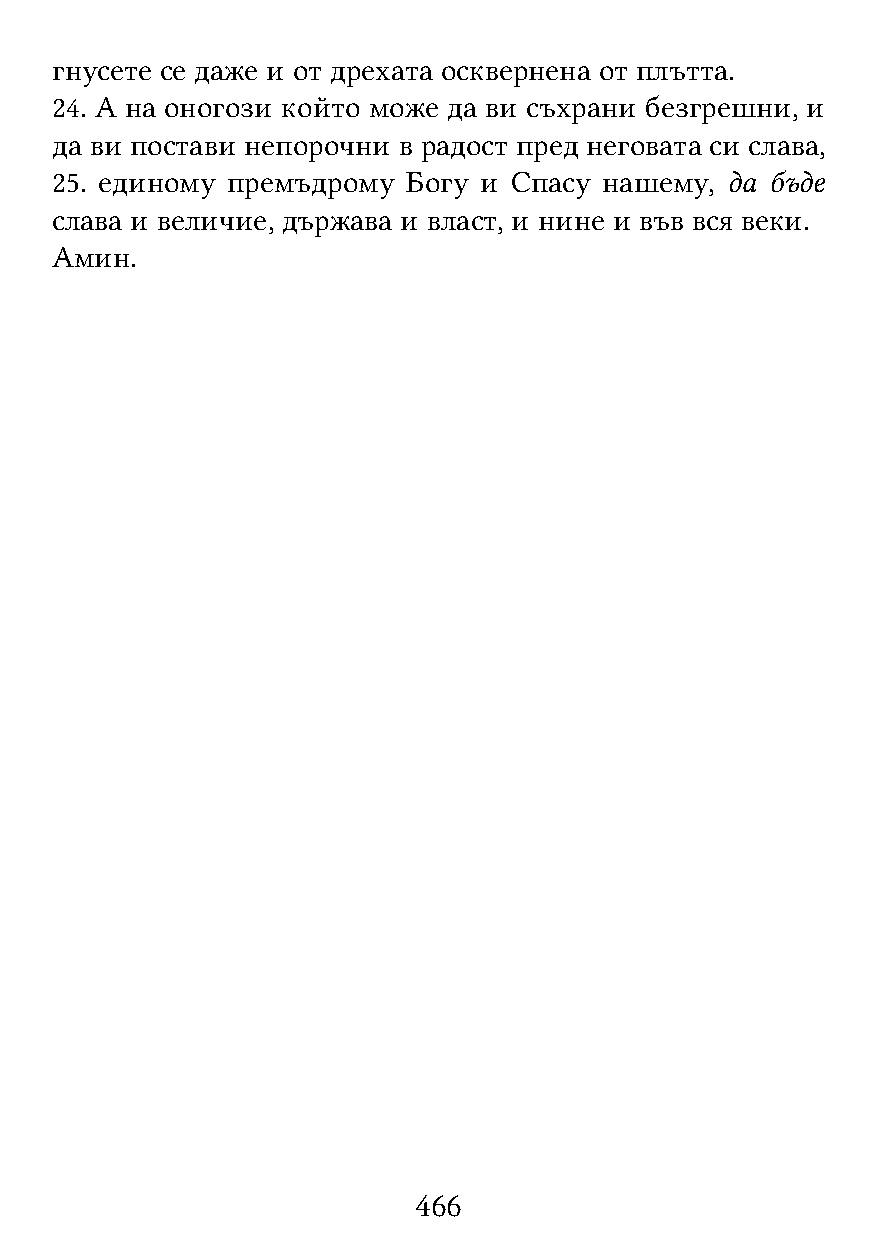
гнусете се даже и от дрехата осквернена от плътта.
 24. А на оногози който може да ви съхрани безгрешни, и
 да ви постави непорочни в радост пред неговата си слава,
 25. единому премъдрому  Богу и Спасу нашему, да бъде
 слава и величие, държава и власт, и нине и във вся веки.
 Амин.
 466